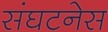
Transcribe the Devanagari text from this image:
संघटनेस